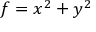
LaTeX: f = x ^ { 2 } + y ^ { 2 }